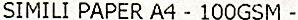
SIMILI PAPER A4 - 100GSM -